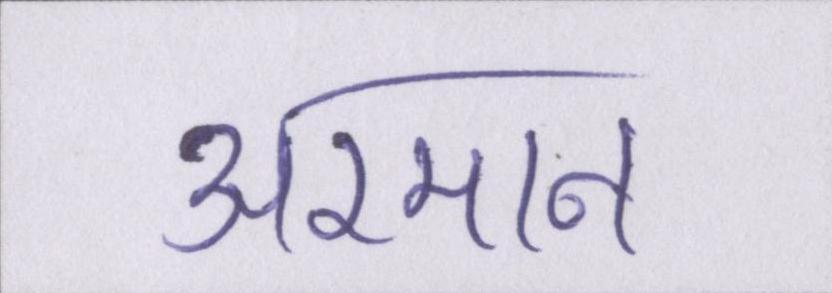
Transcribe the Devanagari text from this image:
अरमान